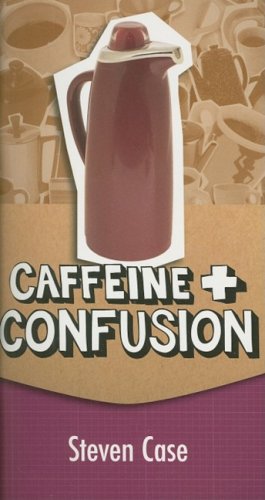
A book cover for Caffeine and Confusion; Steve L. Case; Health, Fitness & Dieting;